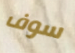
سوف